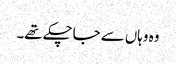
وہ وہاں سے جاچکے تھے۔